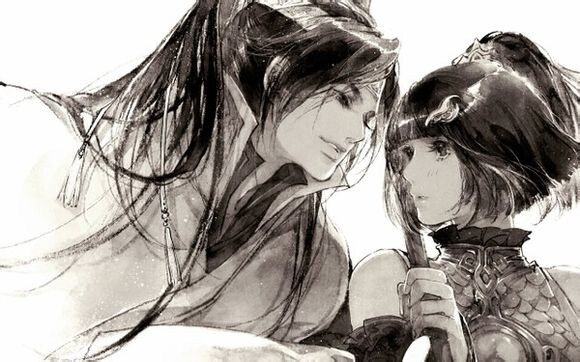
秋鬓含霜白，衰颜倚酒红。